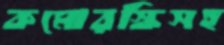
কমোরস্কিসহ